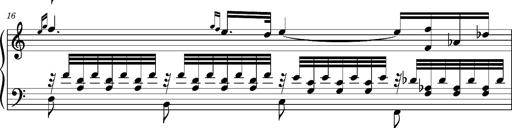
Title: Ungarischer Romanzero
Composer: Franz Liszt